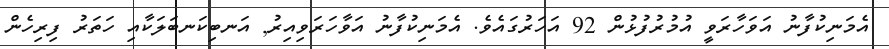
އެމަނިކުފާނު އަވަހާރަވީ އުމުރުފުޅުން 92 އަހަރުގައެވެ. އެމަނިކުފާނު އަވާހަރަވިއިރު